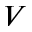
V